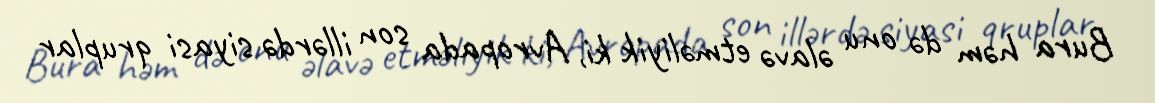
Bura həm də onu əlavə etməliyik ki, Avropada son illərdə siyasi qruplar